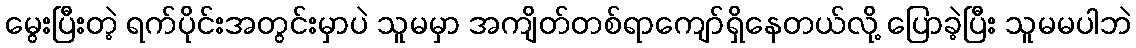
မွေးပြီးတဲ့ ရက်ပိုင်းအတွင်းမှာပဲ သူမမှာ အကျိတ်တစ်ရာကျော်ရှိနေတယ်လို့ ပြောခဲ့ပြီး သူမမပါဘဲ